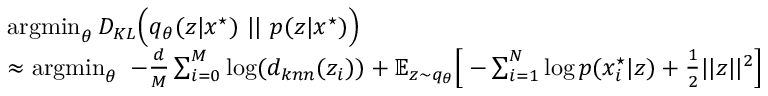
\begin{array} { r l } { } & { \operatorname * { a r g m i n } _ { \theta } D _ { K L } \Big ( q _ { \theta } ( z | x ^ { \star } ) \ | | \ p ( z | x ^ { \star } ) \Big ) } \\ & { \approx \operatorname * { a r g m i n } _ { \theta } \ - \frac { d } { M } \sum _ { i = 0 } ^ { M } \log ( d _ { k n n } ( z _ { i } ) ) + \mathbb { E } _ { z \sim q _ { \theta } } \Big [ - \sum _ { i = 1 } ^ { N } \log p ( x _ { i } ^ { \star } | z ) + \frac { 1 } { 2 } | | z | | ^ { 2 } \Big ] } \end{array}